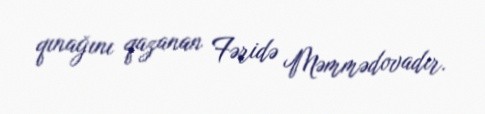
qınağını qazanan Fəridə Məmmədovadır.